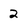
Character: 2